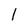
Character: l